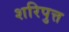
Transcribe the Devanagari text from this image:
शरिपुत्त